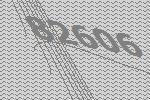
82606